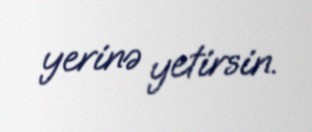
yerinə yetirsin.